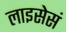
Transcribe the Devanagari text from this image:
लाइसेसं